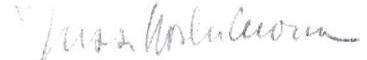
Jussi Koskiluoma